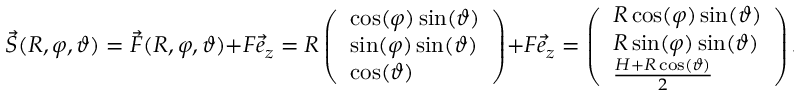
\vec { S } ( R , \varphi , \vartheta ) = \vec { F } ( R , \varphi , \vartheta ) + F \vec { e } _ { z } = R \left( \begin{array} { l } { \cos ( \varphi ) \sin ( \vartheta ) } \\ { \sin ( \varphi ) \sin ( \vartheta ) } \\ { \cos ( \vartheta ) } \end{array} \right) + F \vec { e } _ { z } = \left( \begin{array} { l } { R \cos ( \varphi ) \sin ( \vartheta ) } \\ { R \sin ( \varphi ) \sin ( \vartheta ) } \\ { \frac { H + R \cos ( \vartheta ) } { 2 } } \end{array} \right) .